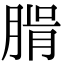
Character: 𦝖